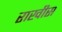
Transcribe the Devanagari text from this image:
राखीस